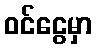
ဝင်ငွေမှာ